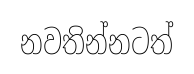
නවතින්නටත්